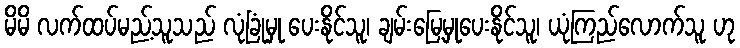
မိမိ လက်ထပ်မည့်သူသည် လုံခြုံမှု ပေးနိုင်သူ၊ ချမ်းမြေ့မှုပေးနိုင်သူ၊ ယုံကြည်လောက်သူ ဟု